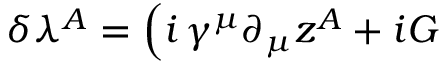
\delta \lambda ^ { A } = \Big ( i \, \gamma ^ { \mu } \partial _ { \mu } z ^ { A } + i { \cal G }